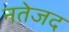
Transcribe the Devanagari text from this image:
नतेजद